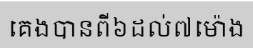
គេងបានពី៦ដល់៧ម៉ោង